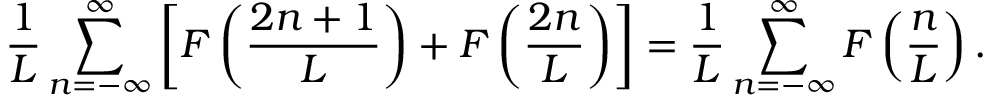
\frac { 1 } { L } \sum _ { n = - \infty } ^ { \infty } \left[ F \left( \frac { 2 n + 1 } { L } \right) + F \left( \frac { 2 n } { L } \right) \right] = \frac { 1 } { L } \sum _ { n = - \infty } ^ { \infty } F \left( \frac { n } { L } \right) .